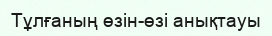
Тұлғаның өзін-өзі анықтауы